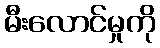
မီးလောင်မှုကို